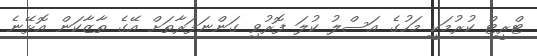
ޓްރީޓް ކުރުމަކީ މަހުގެ އަސްލު ކުލަ ފޮރުވި ގަންނަފަރާތަށް އޭގެ ތާޒާކަން އޮޅޭނެ